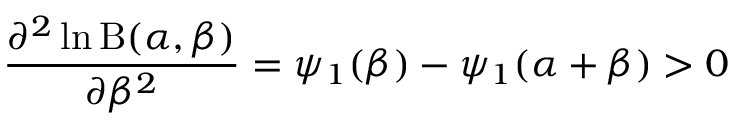
{ \frac { \partial ^ { 2 } \ln \mathrm { B } ( \alpha , \beta ) } { \partial \beta ^ { 2 } } } = \psi _ { 1 } ( \beta ) - \psi _ { 1 } ( \alpha + \beta ) > 0